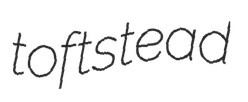
toftstead